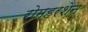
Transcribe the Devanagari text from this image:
रोमहरशेन